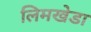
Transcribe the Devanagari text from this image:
लिमखेडा